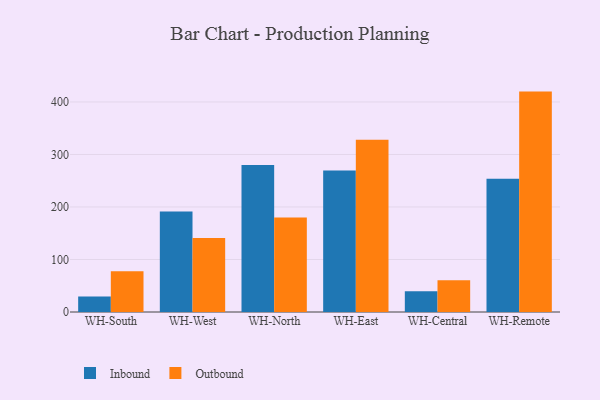
{"axis": {"x": "Warehouse", "y": "Waste Production (Tons)"}, "legend": ["Inbound", "Outbound"], "data": [{"x": "WH-South", "y": 29.7, "type": "Inbound"}, {"x": "WH-South", "y": 77.6, "type": "Outbound"}, {"x": "WH-West", "y": 191.6, "type": "Inbound"}, {"x": "WH-West", "y": 141.1, "type": "Outbound"}, {"x": "WH-North", "y": 279.7, "type": "Inbound"}, {"x": "WH-North", "y": 179.8, "type": "Outbound"}, {"x": "WH-East", "y": 269.5, "type": "Inbound"}, {"x": "WH-East", "y": 328.1, "type": "Outbound"}, {"x": "WH-Central", "y": 39.7, "type": "Inbound"}, {"x": "WH-Central", "y": 60.6, "type": "Outbound"}, {"x": "WH-Remote", "y": 253.9, "type": "Inbound"}, {"x": "WH-Remote", "y": 419.7, "type": "Outbound"}]}